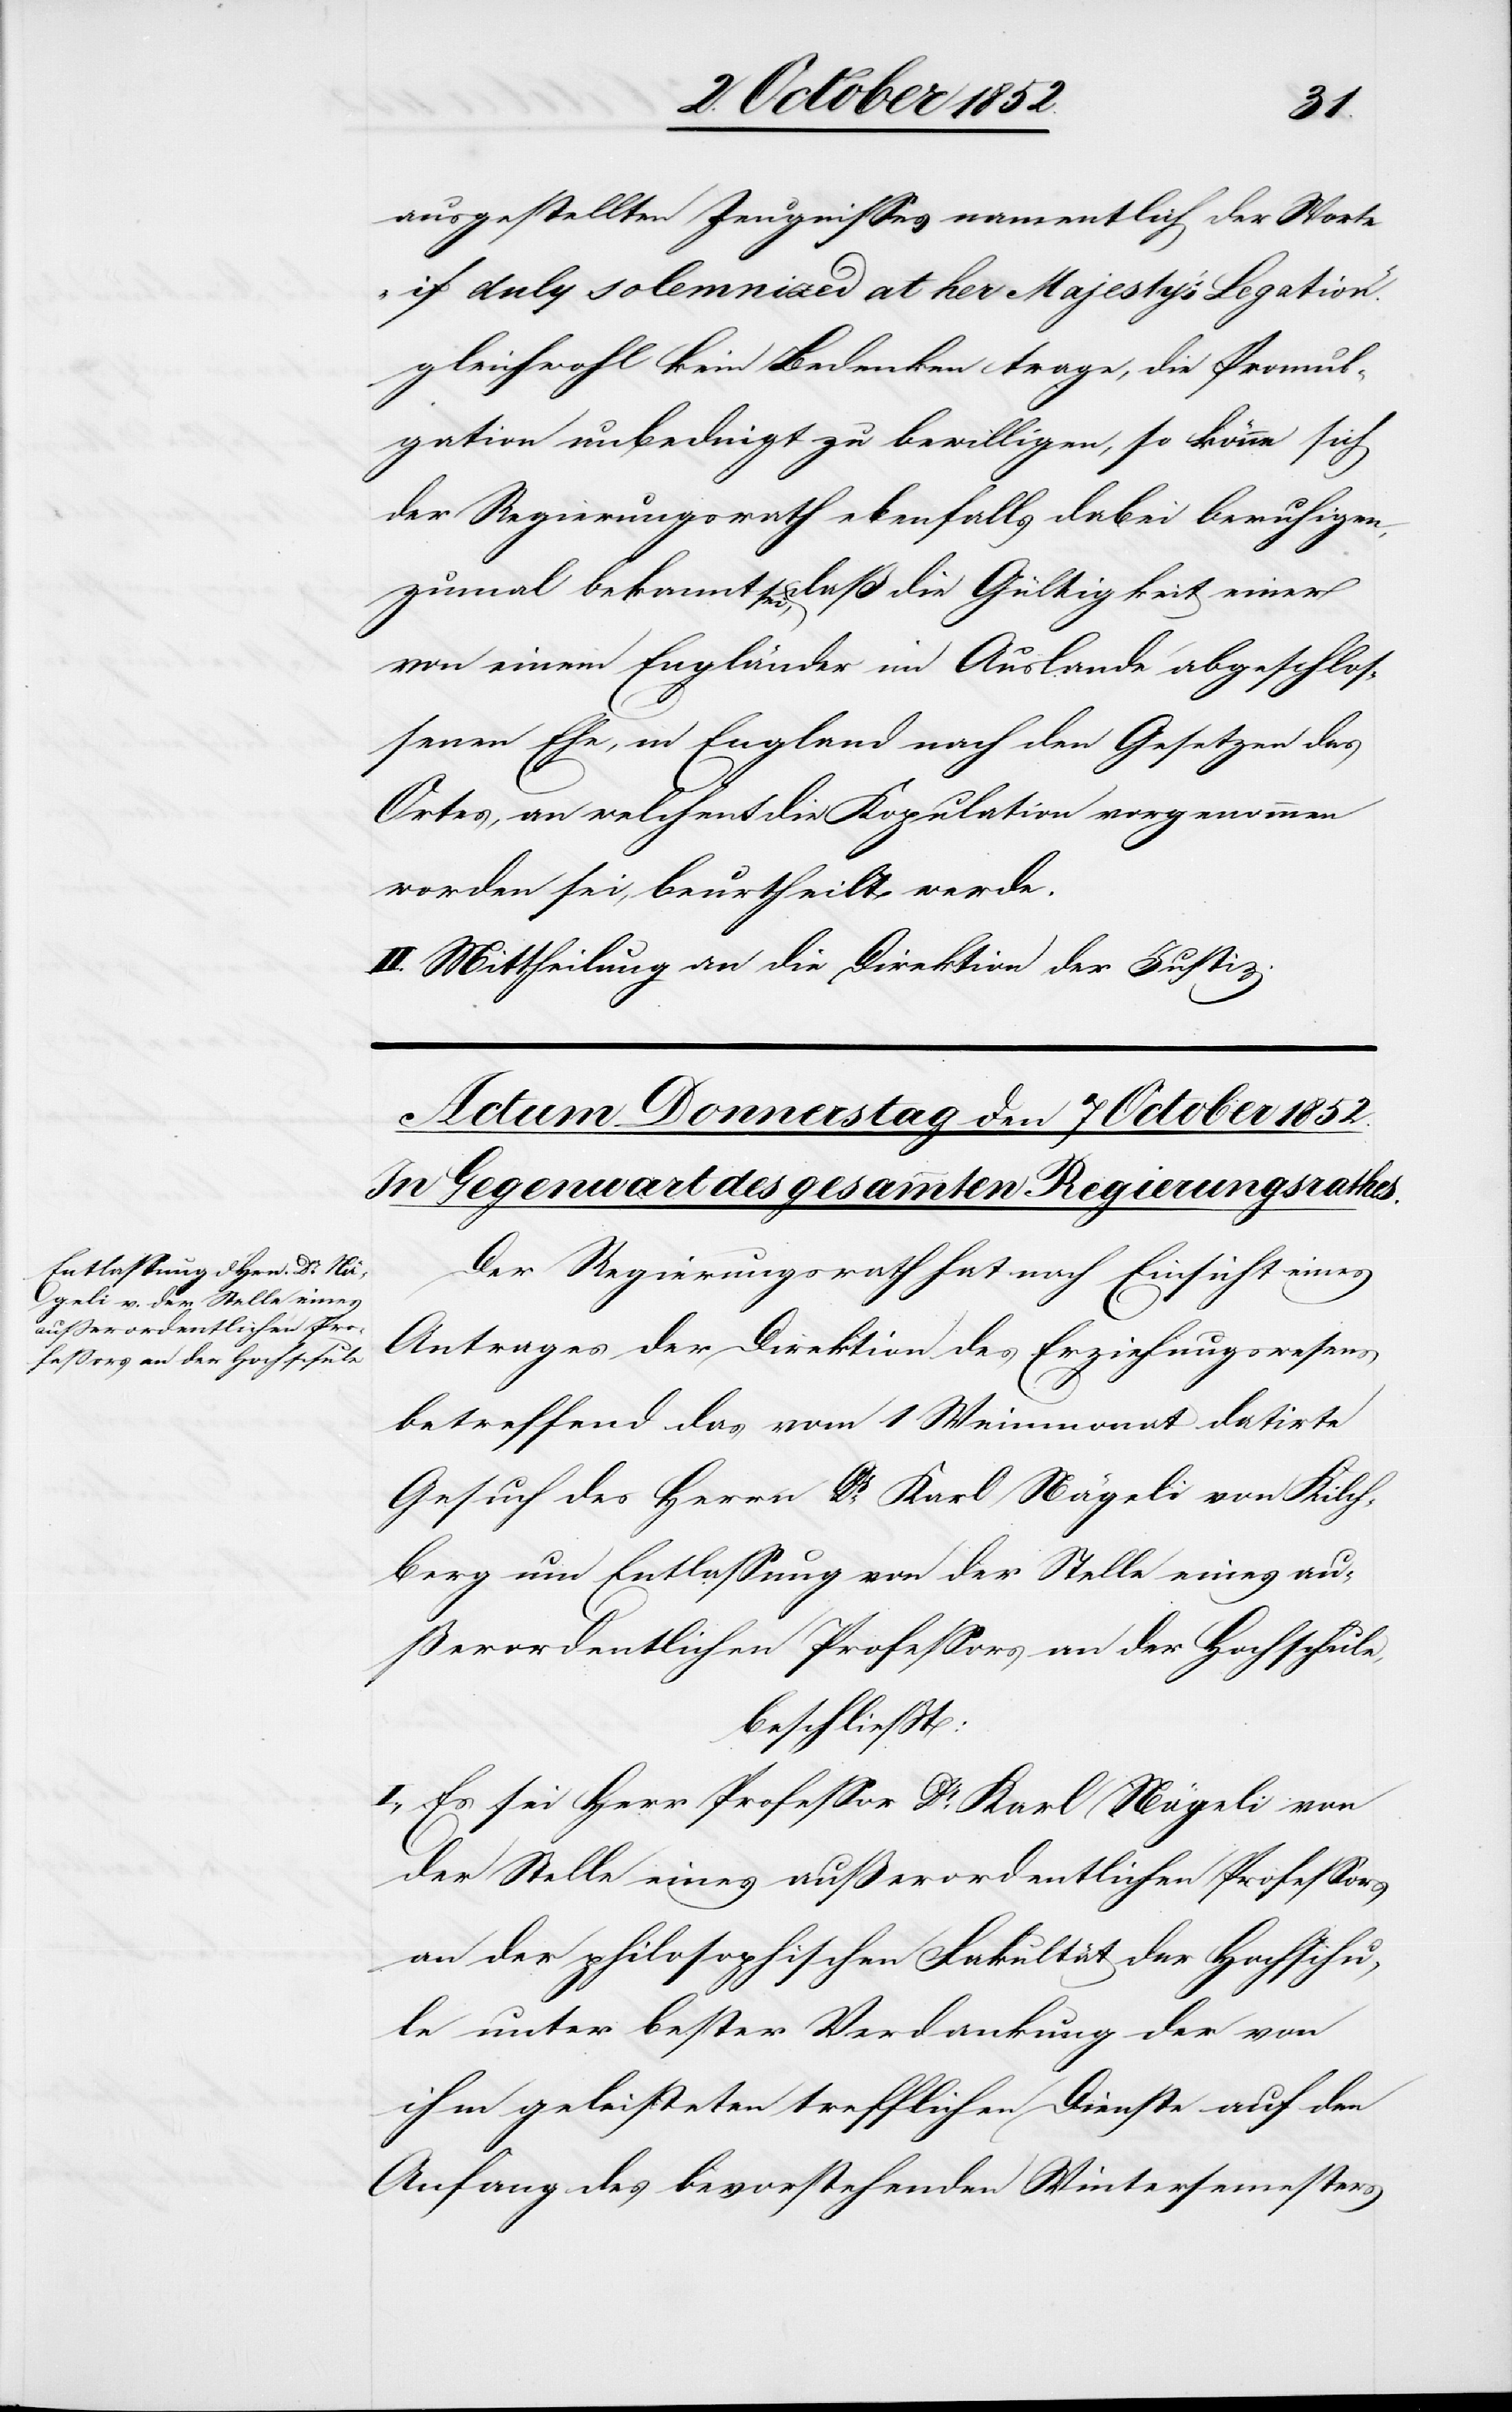
ausgestellten Zeugnisses namentlich der Worte
„if duly solemnized at her Majesty’s Legation.“
gleichwohl kein Bedenken trage, die Promul¬
gation unbedingt zu bewilligen, so könne sich
der Regierungsrath ebenfalls dabei beruhigen,
zumal bekannt sei, daß die Gültigkeit einer
von einem Engländer im Auslande abgeschlos¬
senen Ehe, in England nach den Gesetzen des
Ortes, an welchen die Kopulation vorgenommen
worden sei, beurtheilt werde.
II. Mittheilung an die Direktion der Justiz.
Der Regierungsrath hat nach Einsicht eines
Antrages der Direktion des Erziehungswesens
betreffend das vom 1 Weinmonat datirte
Gesuch des Herrn Dr. Karl Nägeli von Kilch¬
berg um Entlassung von der Stelle eines au¬
ßerordentlichen Professors an der Hochschule,
beschließt
I., Es sei Herr Professor Dr. Karl Nägeli von
der Stelle eines außerordentlichen Professors
an der philosophischen Fakultät der Hochschu¬
le unter bester Verdankung der von
ihm geleisteten trefflichen Dienste auf den
Anfang des bevorstehenden Wintersemesters